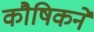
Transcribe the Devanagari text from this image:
कौषिकने